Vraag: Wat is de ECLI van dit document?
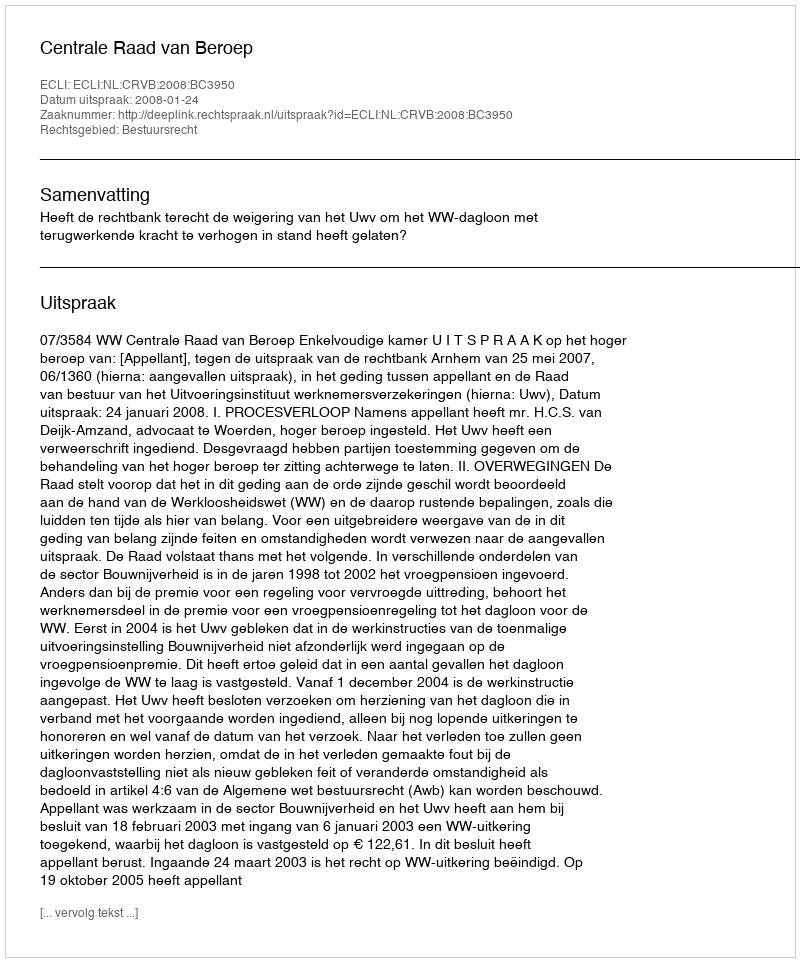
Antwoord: ECLI:NL:CRVB:2008:BC3950